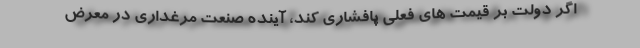
اگر دولت بر قیمت های فعلی پافشاری کند، آینده صنعت مرغداری در معرض